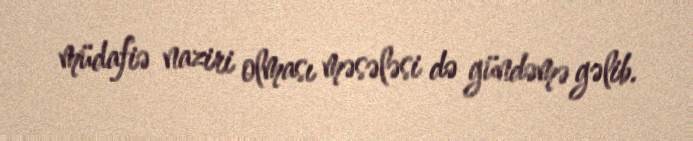
müdafiə naziri olması məsələsi də gündəmə gəlib.